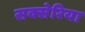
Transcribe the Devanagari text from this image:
सक्सेरिया